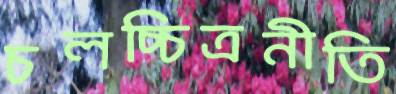
চলচ্চিত্রনীতি